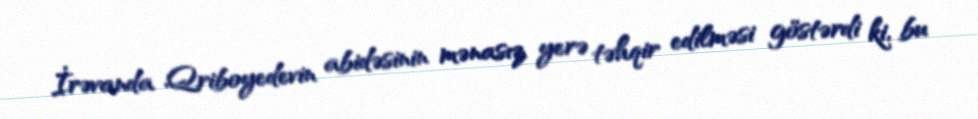
İrəvanda Qriboyedevin abidəsinin mənasız yerə təhqir edilməsi göstərdi ki, bu